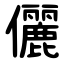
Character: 儷